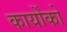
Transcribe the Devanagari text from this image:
कार्योंको